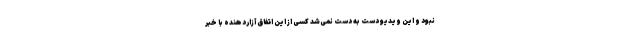
نبود و این ویدیو دست به دست نمی‌شد کسی از این اتفاق آزاردهنده با خبر